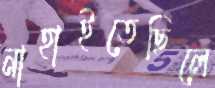
নাহাইতেছিলে